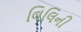
વિલિની